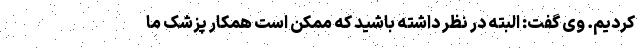
کردیم. وی گفت: البته در نظر داشته باشید که ممکن است همکار پزشک ما